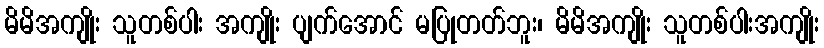
မိမိအကျိုး သူတစ်ပါး အကျိုး ပျက်အောင် မပြုတတ်ဘူး၊ မိမိအကျိုး သူတစ်ပါးအကျိုး